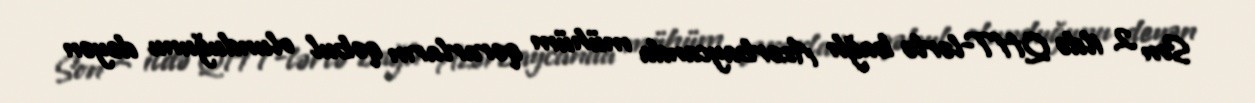
Son 2 ildə QHT-lərlə bağlı Azərbaycanda mühüm qərarların qəbul olunduğunu deyən